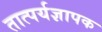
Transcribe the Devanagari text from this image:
तात्पर्यज्ञापक